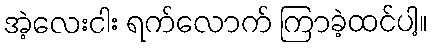
အဲ့လေးငါး ရက်လောက် ကြာခဲ့ထင်ပါ့။